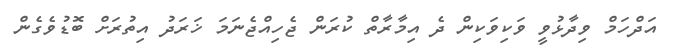
އަދްހަމް ވިދާޅުވީ ވަކިވަކިން ދެ އިމާރާތް ކުރަން ޖެހިއްޖެނަމަ ޚަރަދު އިތުރަށް ބޮޑުވެގެން